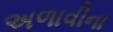
અળાવીના